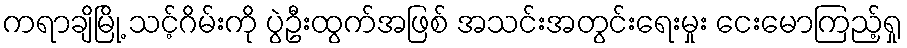
ကရာချိမြို့ သင့်ဂိမ်းကို ပွဲဦးထွက်အဖြစ် အသင်းအတွင်းရေးမှုး ငေးမောကြည့်ရှု